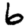
Digit: 6